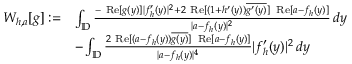
\begin{array} { r l } { W _ { h , a } [ g ] : = } & { \int _ { \mathbb { D } } \frac { - \mathrm { \normalfont ~ R e } [ g ( y ) ] | f _ { h } ^ { \prime } ( y ) | ^ { 2 } + 2 \mathrm { \normalfont ~ R e } [ ( 1 + h ^ { \prime } ( y ) ) \overline { { g ^ { \prime } ( y ) } } ] \, \mathrm { \normalfont ~ R e } [ a - f _ { h } ( y ) ] } { | a - f _ { h } ( y ) | ^ { 2 } } \, d y } \\ & { - \int _ { \mathbb { D } } \frac { 2 \mathrm { \normalfont ~ R e } [ ( a - f _ { h } ( y ) ) \overline { { g ( y ) } } ] \, \mathrm { \normalfont ~ R e } [ a - f _ { h } ( y ) ] } { | a - f _ { h } ( y ) | ^ { 4 } } | f _ { h } ^ { \prime } ( y ) | ^ { 2 } \, d y } \end{array}